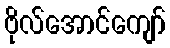
ဗိုလ်အောင်ကျော်